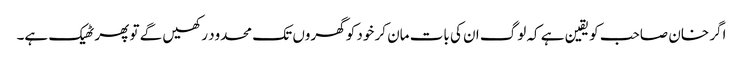
اگر خان صاحب کو یقین ہے کہ لوگ ان کی بات مان کر خود کو گھروں تک محدود رکھیں گے تو پھر ٹھیک ہے۔